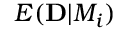
E ( { \bf D } | { \cal M } _ { i } )